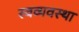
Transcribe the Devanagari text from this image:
स्वव्यवस्था